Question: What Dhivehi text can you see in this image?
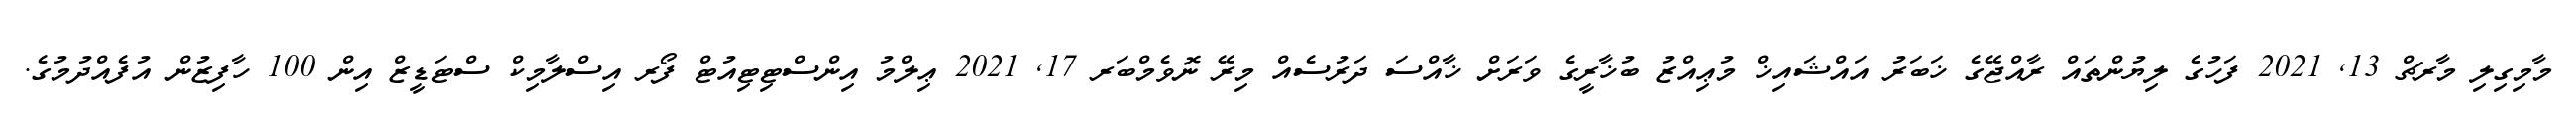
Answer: މާމިގިލި މާރޗް 13, 2021 ފަހުގެ ލިޔުންތައް ރާއްޖޭގެ ޚަބަރު އައްޝައިޚް މުޢިއްޒު ބުޚާރީގެ ވަރަށް ޚާއްސަ ދަރުސެއް މިރޭ ނޮވެމްބަރ 17, 2021 ޢިލްމު އިންސްޓިޓިއުޓް ފޯރ އިސްލާމިކް ސްޓަޑީޒް އިން 100 ހާފިޒުން އުފެއްދުމުގެ.